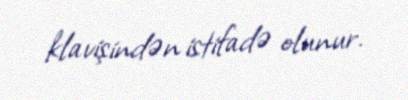
klavişindən istifadə olunur.